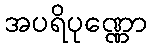
အပရိပုဏ္ဏော